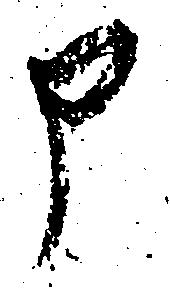
申